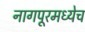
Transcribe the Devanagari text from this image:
नागपूरमध्येच